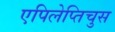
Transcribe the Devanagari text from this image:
एपिलेप्तिचुस